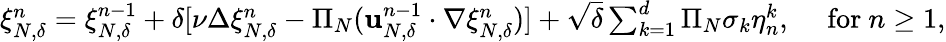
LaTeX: \begin{array}{r}{\xi_{N,\delta}^{n}=\xi_{N,\delta}^{n-1}+\delta[\nu\Delta\xi_{N,\delta}^{n}-\Pi_{N}(\mathbf{u}_{N,\delta}^{n-1}\cdot\nabla\xi_{N,\delta}^{n})]+\sqrt{\delta}\sum_{k=1}^{d}\Pi_{N}\sigma_{k}\eta_{n}^{k},\quad\mathrm{~for~}n\geq 1,}\end{array}